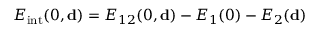
E _ { \mathrm { i n t } } ( 0 , { \bf d } ) = E _ { 1 2 } ( 0 , { \bf d } ) - E _ { 1 } ( 0 ) - E _ { 2 } ( { \bf d } )